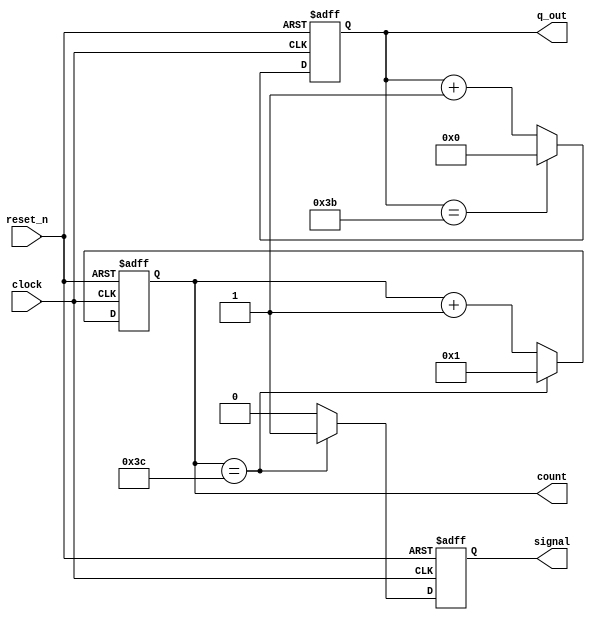
module seq_counter_6bit(clock,q_out,reset_n,count, signal);
	input clock;
	output reg signal;
	output reg [5:0] count;
	output reg [5:0] q_out;
	input reset_n;
	
	initial
	begin
		count = 6'b000001;
	end
	
	always@(negedge reset_n or posedge clock)
	begin
		if(!reset_n)
			q_out <= 6'b00000;
		else begin
			q_out <= q_out + 1;
				if(q_out == 6'b111011)
				begin
					q_out <= 6'b000000;
				end
		end
	end
	
	always@(posedge clock or negedge reset_n)
	begin
		if(!reset_n)
		begin
			count <= 6'b000001;
			signal <= 1'b0;
		end
		else if (clock)
		begin
			count <= count + 1;
			signal <= 1'b0;
			if(count == 6'b111100) //60
			begin
				signal <= 1'b1;
				count <= 6'b000001;
			end
		end
		else begin
			count <= count;
			signal <= 1'b0;
		end
	end
endmodule